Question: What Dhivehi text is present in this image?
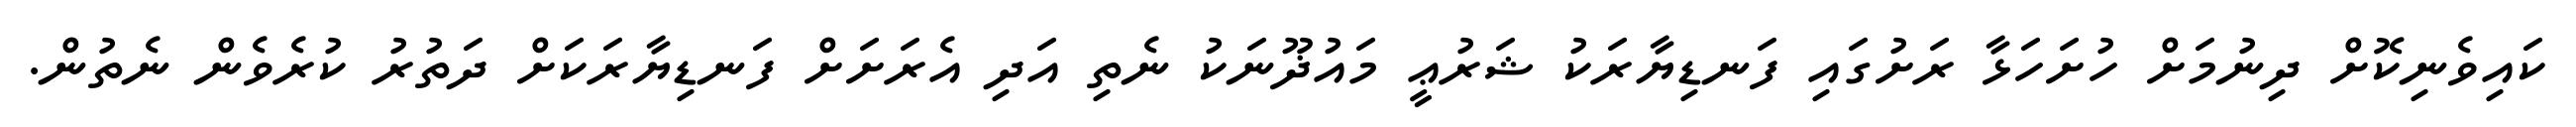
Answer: ކައިވެނިކޮށް ދިނުމަށް ހުށަހަޅާ ރަށުގައި ފަނޑިޔާރަކު ޝަރުޢީ މައުޛޫނަކު ނެތި އަދި އެރަށަށް ފަނޑިޔާރަކަށް ދަތުރު ކުރެވެން ނެތުން.